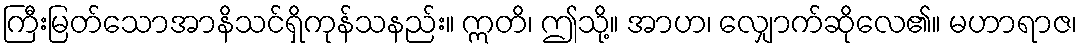
ကြီးမြတ်သောအာနိသင်ရှိကုန်သနည်း။ ဣတိ၊ ဤသို့။ အာဟ၊ လျှောက်ဆိုလေ၏။ မဟာရာဇ၊